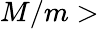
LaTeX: M/m>